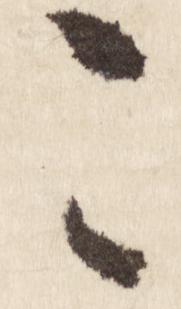
こ